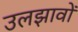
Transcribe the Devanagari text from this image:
उलझावों